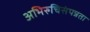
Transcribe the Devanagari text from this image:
अभिरुचिसंपन्नता